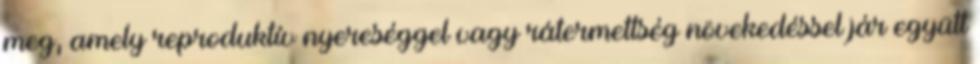
meg, amely reproduktív nyereséggel vagy rátermettség növekedéssel jár együtt